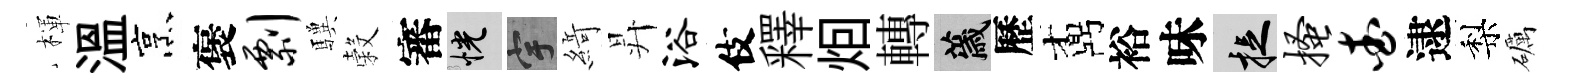
楎溫烹褒剽驥穀審恍宇𦂶昇浴伎釋𤇆轉薉歷鼒裕味捉搔查逮梨礪